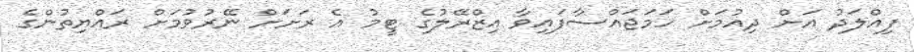
ފިއްލަދު އަށް ދިއުމަށް ހަމަޖައްސާފައިވާ އިޒްރޭލުގެ ޓީމު އެ ރަށަށް ނޭރުވުމަށް ރައްޔިތުންގެ